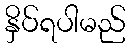
နှိပ်ရပါမည်